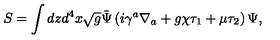
S = \int d z d ^ { 4 } x \sqrt { g } \bar { \Psi } \left( i \gamma ^ { a } \nabla _ { a } + g \chi \tau _ { 1 } + \mu \tau _ { 2 } \right) \Psi ,